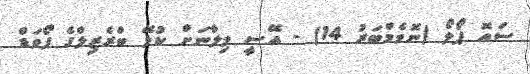
ސައޮ ޕޯލޯ (ނޮވެމްބަރު 14) - އޭސީ މިލާނަށް ކުޅޭ ބްރެޒިލްގެ ފޯވަޑް